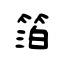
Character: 箔